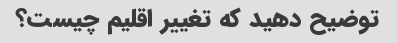
توضیح دهید که تغییر اقلیم چیست؟